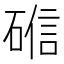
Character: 𬒘